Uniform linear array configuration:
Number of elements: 32
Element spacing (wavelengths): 0.5
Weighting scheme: uniform
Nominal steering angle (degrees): -60
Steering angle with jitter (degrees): -60.44
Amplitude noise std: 0.05
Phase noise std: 0.05

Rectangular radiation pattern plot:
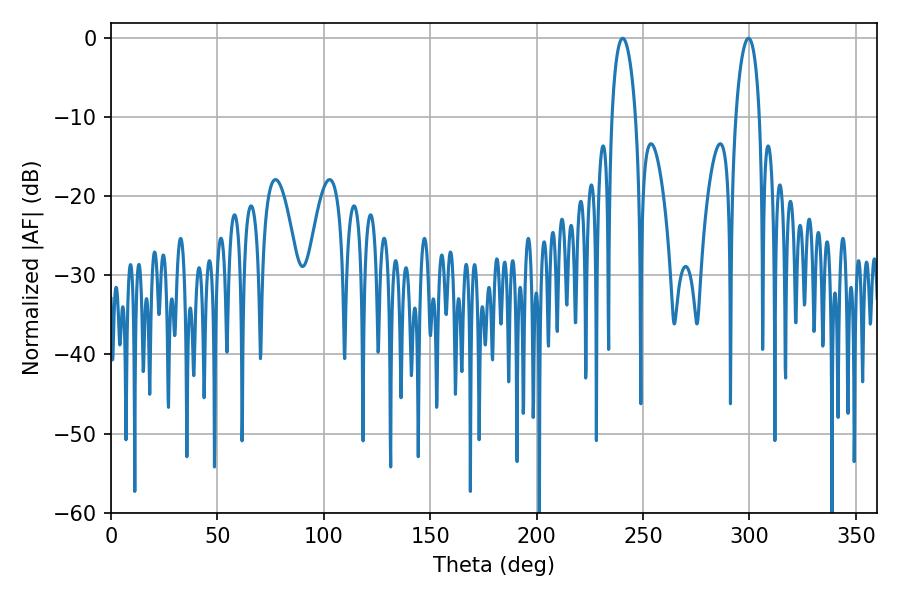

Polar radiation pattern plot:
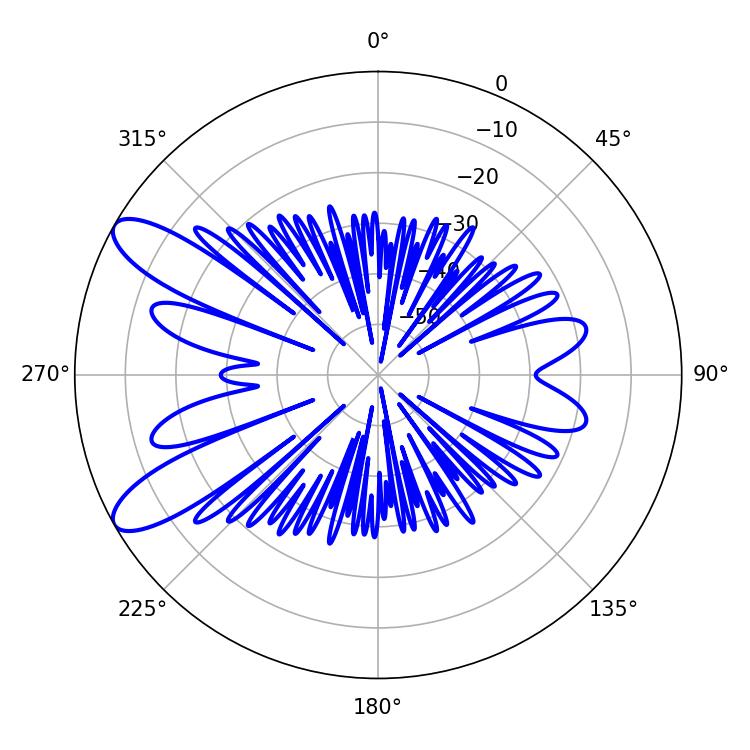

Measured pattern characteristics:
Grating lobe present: FALSE
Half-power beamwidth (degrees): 6.3
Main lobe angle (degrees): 240.48